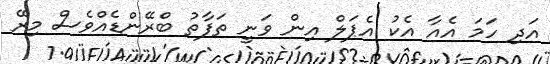
އަދި ހަމަ އެއާ އެކު އެޕަލް އިން ވަނީ ތަފާތު ބްރޭންޑެއްވެސް މިރޭ